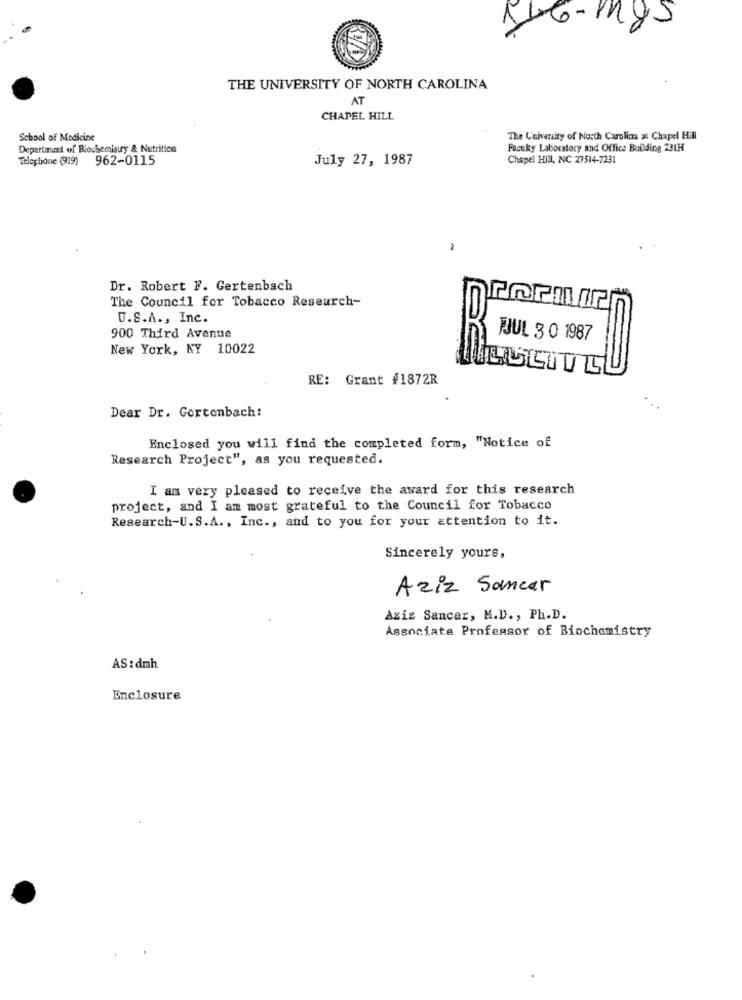
THE UNIVERSITY OF NORTH CAROLINA
AT
CHAPEL HILL
School of Medicine
The University of North Carolina # Chapel Hill
Department of Biochemisury & Nutrition
Facuky Laboratory and Office Building 231H
Telephone (919) 962-0115
July 27, 1987
Chapel Hill, NC 27514-7231
Dr. Robert F. Gertenbach
The Council for Tobacco Research-
U.S.A ., Inc.
900 Third Avenue
JJJUL 3 0 1987
New York, NY 10022
EUSTTL
RE: Grant #1872R
Dear Dr. Gortenbach!
Enclosed you will find the completed form, "Notice of
Research Project", as you requested.
I am very pleased to receive the award for this research
project, and I am most grateful to the Council for Tobacco
Research-U.S.A ., Inc ., and to you for your attention to it.
Sincerely yours,
Aziz Sancar
Aziz Sancar, M.D ., Ph.D.
Associate Professor of Biochemistry
AS : dmh
Enclosure